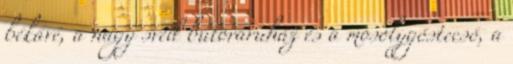
békávé, a nagy svéd bútoráruház és a mosolygóstecsó, a